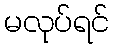
မလုပ်ရင်